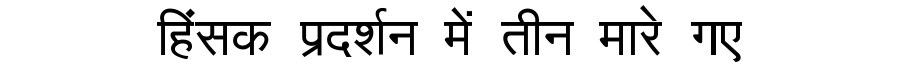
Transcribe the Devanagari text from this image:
हिंसक प्रदर्शन में तीन मारे गए